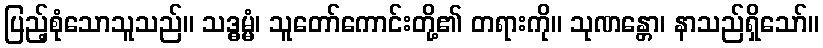
ပြည့်စုံသောသူသည်။ သဒ္ဓမ္မံ၊ သူတော်ကောင်းတို့၏ တရားကို။ သုဏန္တော၊ နာသည်ရှိသော်။